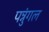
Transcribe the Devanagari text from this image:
पन्नुंगल